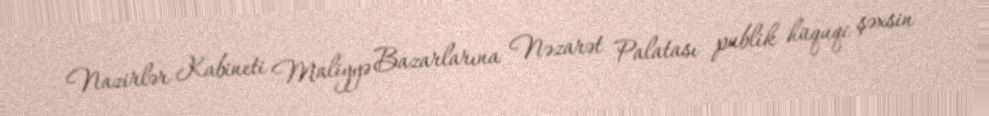
Nazirlər Kabineti Maliyyə Bazarlarına Nəzarət Palatası publik hüquqi şəxsin